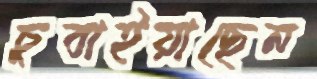
চুবাইয়াছেন